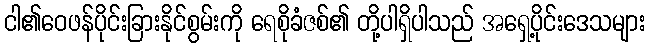
ငါ၏ဝေဖန်ပိုင်းခြားနိုင်စွမ်းကို ရေစိုခံဇစ်၏ တို့ပါရှိပါသည် အရှေ့ပိုင်းဒေသများ